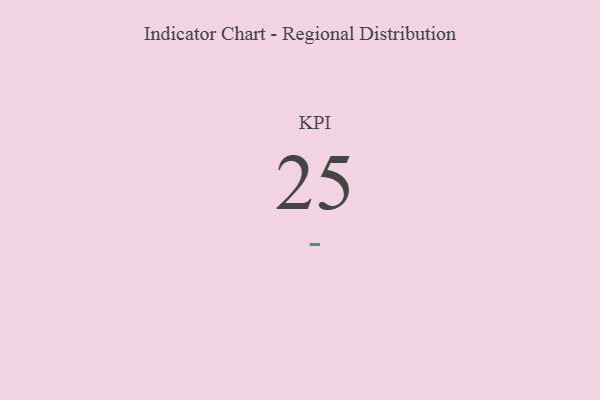
{"axis": {"x": "KPI", "y": "Value"}, "legend": [""], "data": [{"x": "KPI", "y": 25, "type": ""}]}